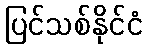
ပြင်သစ်နိုင်ငံ